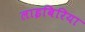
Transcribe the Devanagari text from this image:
लाइबिरिया